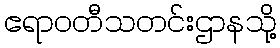
ဧရာဝတီသတင်းဌာနသို့